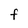
Character: F